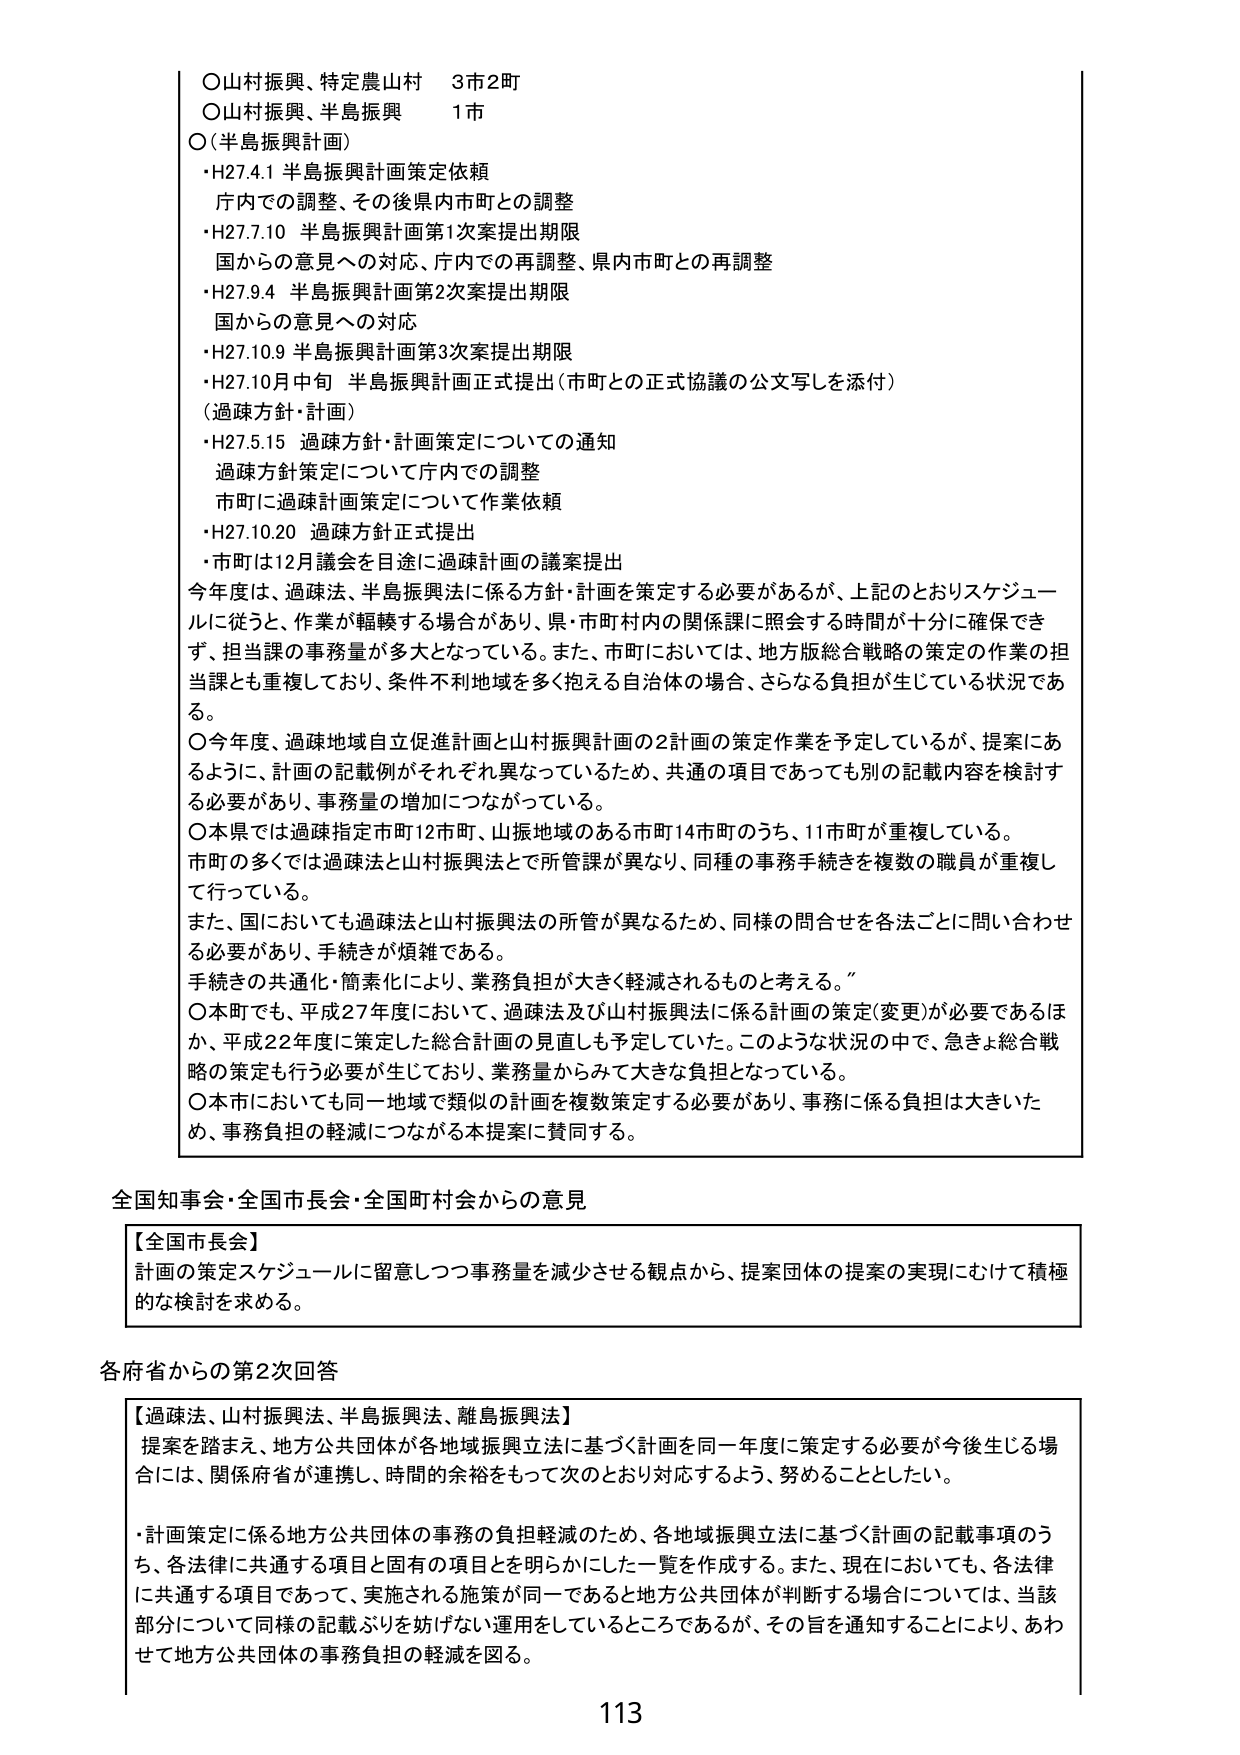
○山村振興、特定農山村　3市2町
○山村振興、半島振興　1市
○（半島振興計画）
・H27.4.1 半島振興計画策定依頼
　庁内での調整、その後県内市町との調整
・H27.7.10 半島振興計画第1次案提出期限
　国からの意見への対応、庁内での再調整、県内市町との再調整
・H27.9.4 半島振興計画第2次案提出期限
　国からの意見への対応
・H27.10.9 半島振興計画第3次案提出期限
・H27.10月中旬 半島振興計画正式提出（市町との正式協議の公文写しを添付）
（過疎方針・計画）
・H27.5.15 過疎方針・計画策定についての通知
　過疎方針策定について庁内での調整
　市町に過疎計画策定について作業依頼
・H27.10.20 過疎方針正式提出
　・市町は12月議会を目途に過疎計画の議案提出

今年度は、過疎法、半島振興法に係る方針・計画を策定する必要があるが、上記のとおりスケジュールに従うと、作業が輻輳する場合があり、県・市町村内の関係課に照会する時間が十分に確保できず、担当課の事務量が多大となっている。また、市町においては、地方版総合戦略の策定の作業の担当課とも重複しており、条件不利地域を多く抱える自治体の場合、さらなる負担が生じている状況である。

○今年度、過疎地域自立促進計画と山村振興計画の2計画の策定作業を予定しているが、提案にあるように、計画の記載例がそれぞれ異なっているため、共通の項目であっても別の記載内容を検討する必要があり、事務量の増加につながっている。

○本県では過疎指定市町12市町、山振地域のある市町14市町のうち、11市町が重複している。
市町の多くでは過疎法と山村振興法とで所管課が異なり、同種の事務手続きを複数の職員が重複して行っている。

また、国においても過疎法と山村振興法の所管が異なるため、同様の問合せを各法ごとに問い合わせる必要があり、手続きが煩雑である。
手続きの共通化・簡素化により、業務負担が大きく軽減されるものと考える。

○本町でも、平成27年度において、過疎法及び山村振興法に係る計画の策定（変更）が必要であるほか、平成22年度に策定した総合計画の見直しも予定していた。このような状況の中で、急きょ総合戦略の策定も行う必要が生じており、業務量からみて大きな負担となっている。

○本市においても同一地域で類似の計画を複数策定する必要があり、事務に係る負担は大きいため、事務負担の軽減につながる本提案に賛同する。

全国知事会・全国市長会・全国町村会からの意見

【全国市長会】
計画の策定スケジュールに留意しつつ事務量を減少させる観点から、提案団体の提案の実現にむけて積極的な検討を求める。

各府省からの第2次回答

【過疎法、山村振興法、半島振興法、離島振興法】
提案を踏まえ、地方公共団体が各地域振興立法に基づく計画を同一年度に策定する必要が今後生じる場合には、関係府省が連携し、時間的余裕をもって次のとおり対応するよう、努めることとしたい。

・計画策定に係る地方公共団体の事務の負担軽減のため、各地域振興立法に基づく計画の記載事項のうち、各法律に共通する項目と固有の項目とを明らかにした一覧を作成する。また、現在においても、各法律に共通する項目であって、実施される施策が同一であると地方公共団体が判断する場合については、当該部分について同様の記載ぶりを妨げない運用をしているところであるが、その旨を通知することにより、あわせて地方公共団体の事務負担の軽減を図る。

113